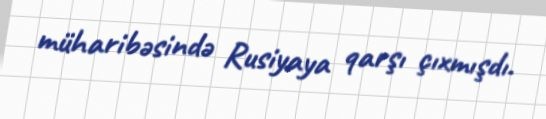
müharibəsində Rusiyaya qarşı çıxmışdı.